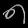
Digit: ၈